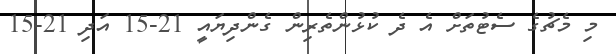
މި މެޗުގެ ސެޓުތަށް އެ ދެ ކުޅުންތެރިން ގެންދިޔައީ 21-15 އަދި 21-15